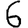
Digit: 6